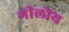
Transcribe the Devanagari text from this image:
गीलोय